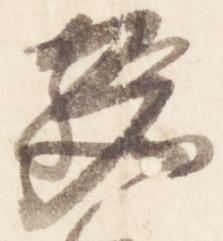
多